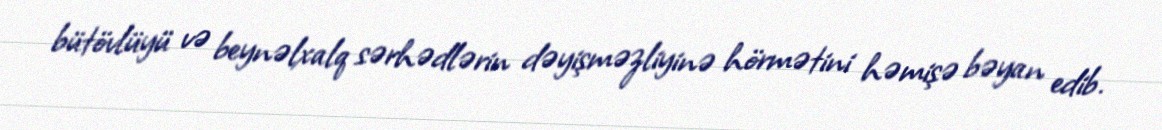
bütövlüyü və beynəlxalq sərhədlərin dəyişməzliyinə hörmətini həmişə bəyan edib.